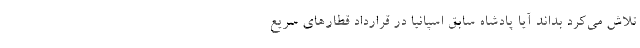
تلاش می‌کرد بداند آیا پادشاه سابق اسپانیا در قرارداد قطارهای سریع